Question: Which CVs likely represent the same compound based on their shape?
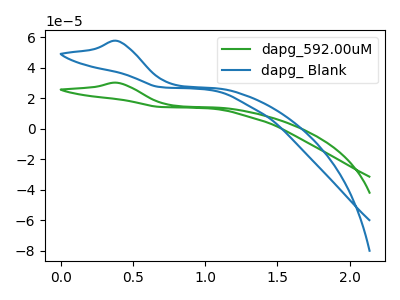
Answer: <think>The green curve "dapg_592.00uM" has an anodic peak at: (0.40V, 30.20uA). The blue curve "dapg_ Blank" has an anodic peak at: (0.40V, 57.65uA).
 All the peaks in "dapg_592.00uM" have a peak in "dapg_ Blank" at the same potential. Every peak in "dapg_592.00uM" is lower than every peak in "dapg_ Blank".</think>
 <answer>"dapg_ Blank" and "dapg_592.00uM" have the same shape and are likely CV's of the same chemical.</answer>
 <eval>"dapg_ Blank" "dapg_592.00uM"</eval>